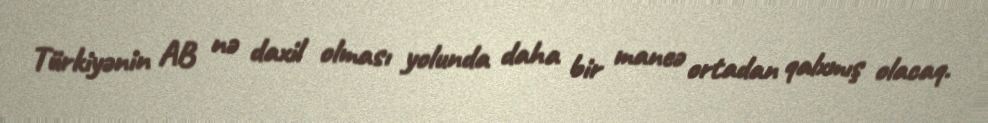
Türkiyənin AB nə daxil olması yolunda daha bir maneə ortadan qalxmış olacaq.